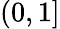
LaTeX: (0,1]